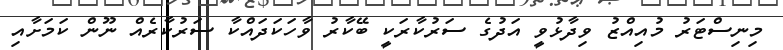
މިނިސްޓަރު މުއިއްޒު ވިދާޅުވީ އަދުގެ ސަރުކާރަކީ ބޭކާރު ވާހަކަދައްކާ ސަރުކާރެއް ނޫން ކަމަށާއި